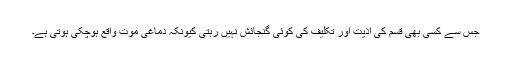
جس سے کسی بھی قسم کی اذیت اور تکلیف کی کوئی گنجائش نہیں رہتی کیونکہ دماغی موت واقع ہوچکی ہوتی ہے۔